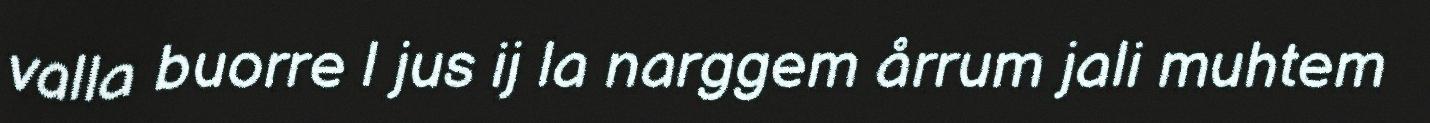
valla buorre l jus ij la narggem årrum jali muhtem